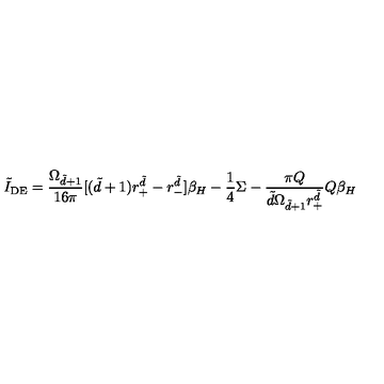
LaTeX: \tilde { I } _ { \mathrm { D E } } = \frac { \Omega _ { \tilde { d } + 1 } } { 1 6 \pi } [ ( \tilde { d } + 1 ) r _ { + } ^ { \tilde { d } } - r _ { - } ^ { \tilde { d } } ] \beta _ { H } - \frac { 1 } { 4 } \Sigma - \frac { \pi Q } { \tilde { d } \Omega _ { \tilde { d } + 1 } r _ { + } ^ { \tilde { d } } } Q \beta _ { H }